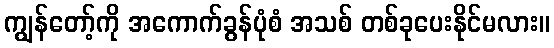
ကျွန်တော့်ကို အကောက်ခွန်ပုံစံ အသစ် တစ်ခုပေးနိုင်မလား။